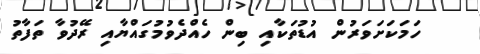
ހަމަކަށަވަރުން އުޑުތަކާއި ބިން ހެއްދެވުމުގައްޔާއި ރޭދުވާ ތަފާތު